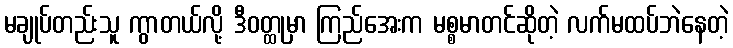
မချုပ်တည်းသူ ကွာတယ်လို့ ဒီဝတ္ထုမှာ ကြည်အေးက မစ္စမာတင်ဆိုတဲ့ လက်မထပ်ဘဲနေတဲ့